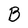
Character: B